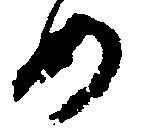
め